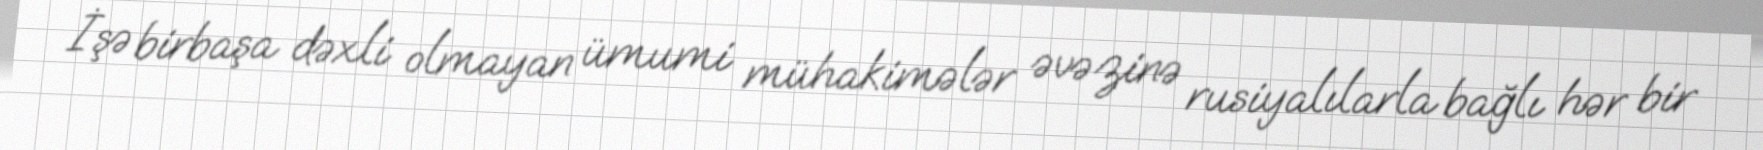
İşə birbaşa dəxli olmayan ümumi mühakimələr əvəzinə rusiyalılarla bağlı hər bir